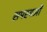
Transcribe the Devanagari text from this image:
समस्यओं